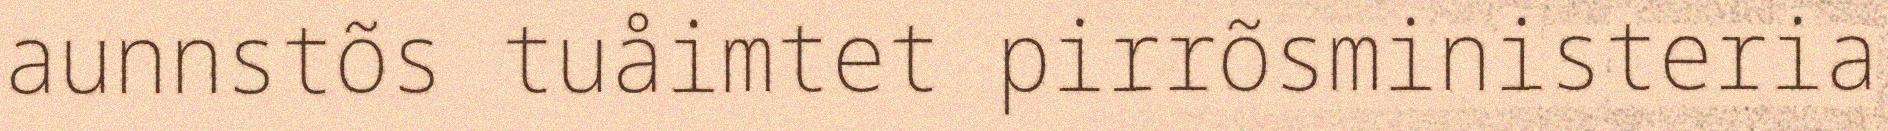
aunnstõs tuåimtet pirrõsministeria